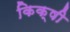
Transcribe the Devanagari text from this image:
किक्षी